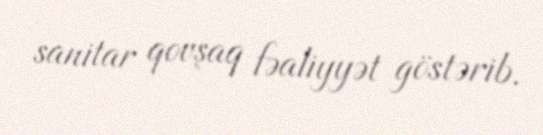
sanitar qovşaq fəaliyyət göstərib.